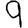
Digit: 9